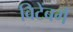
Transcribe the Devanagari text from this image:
विटेंबर्ग